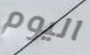
اليوم